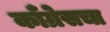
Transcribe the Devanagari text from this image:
कॉँग्रेसचा